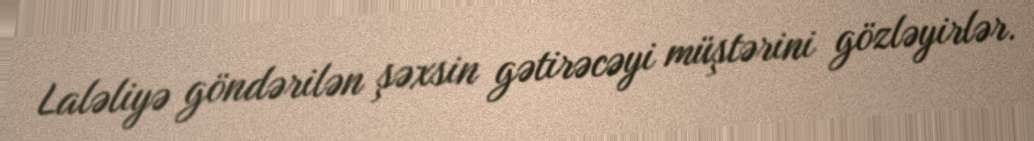
Laləliyə göndərilən şəxsin gətirəcəyi müştərini gözləyirlər.